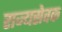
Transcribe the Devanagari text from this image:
राज्यसेवक